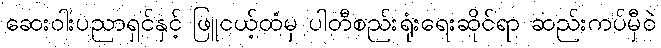
ဆေးဝါးပညာရှင်နှင့် ဖြူငယ့်ထံမှ ပါတီစည်းရုံးရေးဆိုင်ရာ ဆည်းကပ်မှီဝဲ